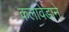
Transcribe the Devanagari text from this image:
कलावेडाने